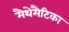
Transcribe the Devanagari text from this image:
मैथेमैटिका